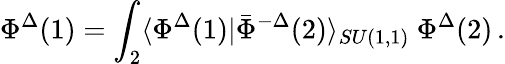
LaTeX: \Phi^{\Delta}(1)=\int_{2}\langle\Phi^{\Delta}(1)|\bar{\Phi}^{-\Delta}(2)\rangle_{SU(1,1)}\ \Phi^{\Delta}(2)\, .